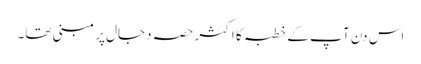
اس دن آپ کے خطبہ کا اکثر حصہ دجال پر مبنی تھا۔